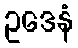
ဥဒေနံ